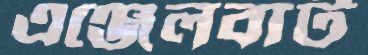
এঞ্জেলবার্ট